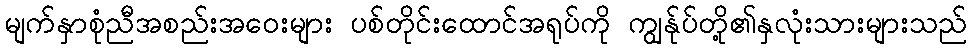
မျက်နှာစုံညီအစည်းအဝေးများ ပစ်တိုင်းထောင်အရုပ်ကို ကျွန်ုပ်တို့၏နှလုံးသားများသည်